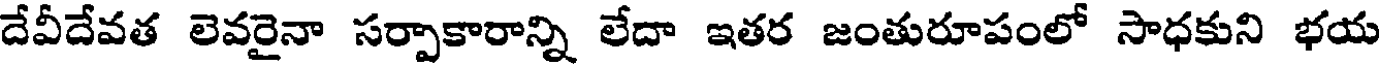
దేవీదేవత లెవరైనా సర్పాకారాన్ని లేదా ఇతర జంతురూపంలో సాధకుని భయ